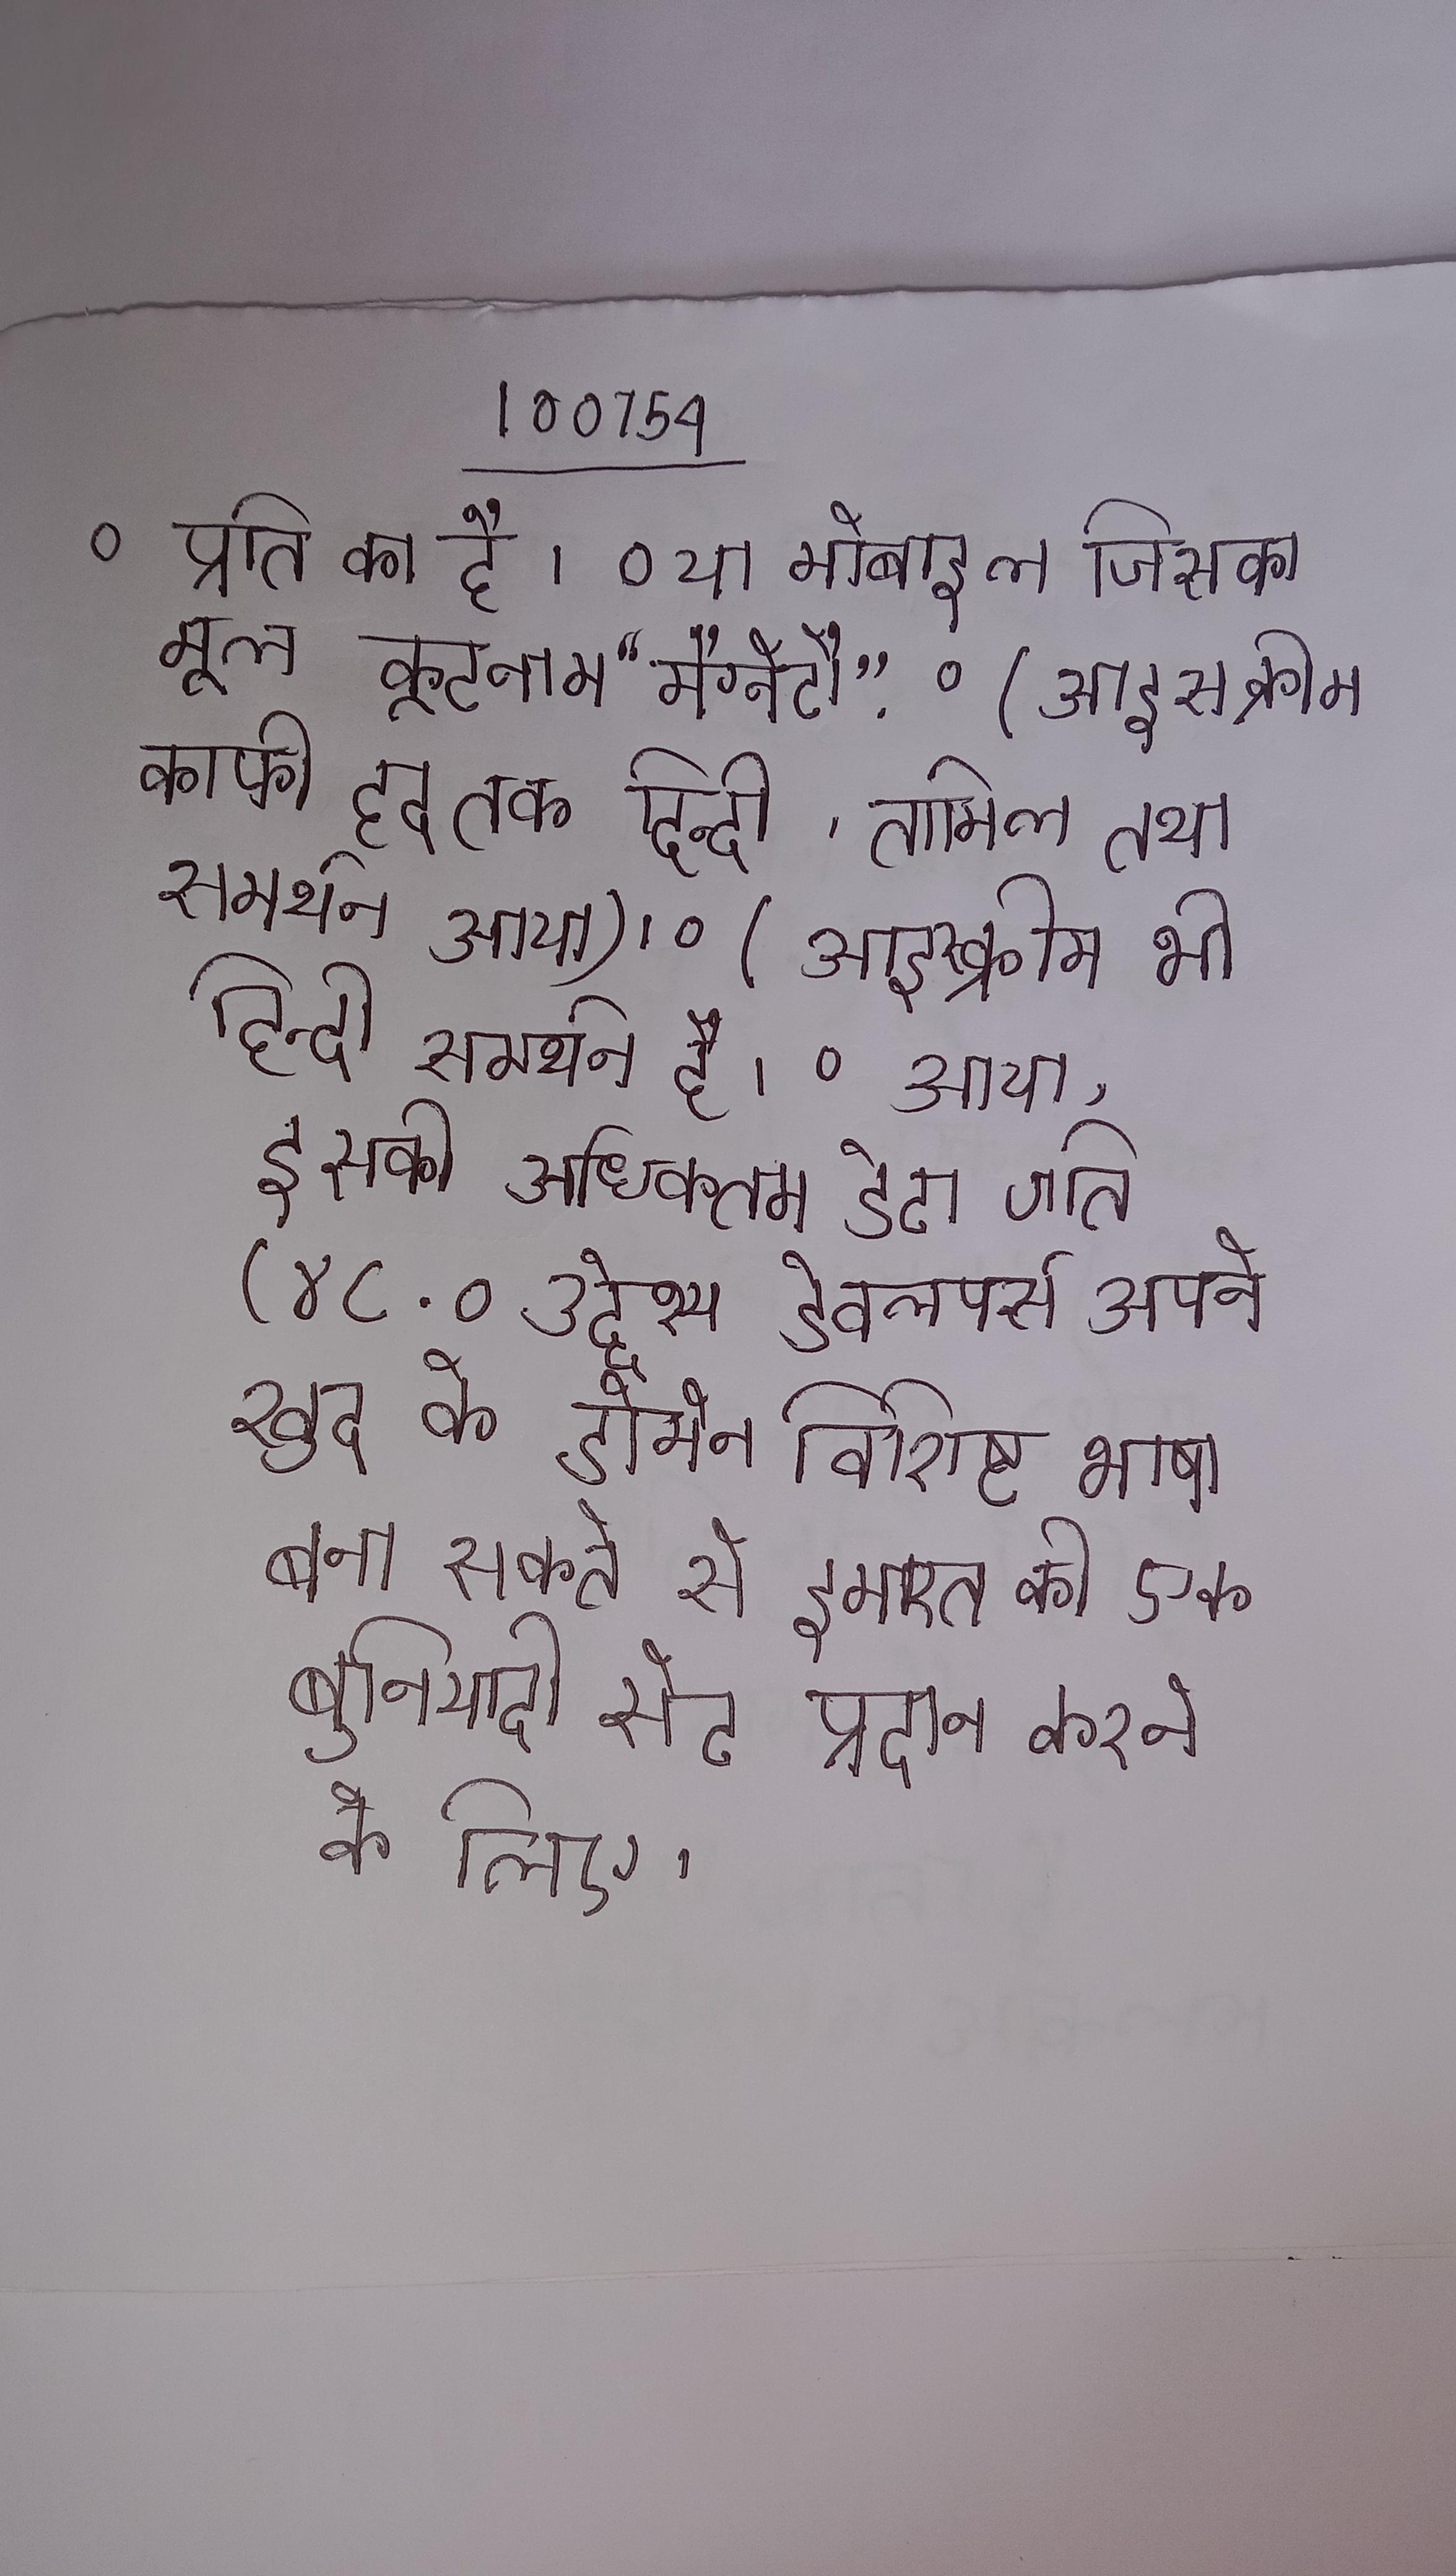
० प्रति का है । ० या मोबाइल जिसका मूल कूटनाम "मैग्नेटो" . ० (आइस क्रीम काफी हद तक हिन्दी, तमिल तथा समर्थन आया । ० (आइस्क्रीम भी हिन्दी समर्थन है । ० आया, इसकी अधिकतम डेटा गति (४८ . ० उद्देश्य डेवलपर्स अपने खुद के डोमेन विशिष्ट भाषा बना सकते से इमारत की एक बुनियादी सेट प्रदान करने के लिए ।